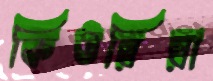
কিউরিরা